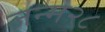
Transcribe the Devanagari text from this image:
जन्म२८